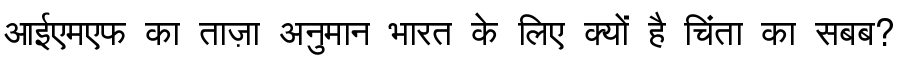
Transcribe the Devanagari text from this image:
आईएमएफ का ताज़ा अनुमान भारत के लिए क्यों है चिंता का सबब?